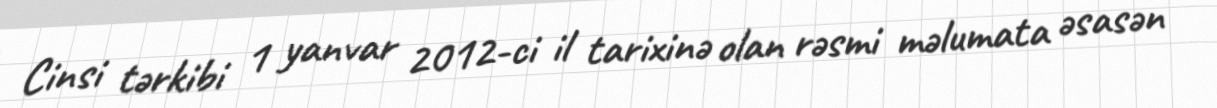
Cinsi tərkibi 1 yanvar 2012-ci il tarixinə olan rəsmi məlumata əsasən